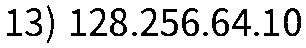
13) 128.256.64.10